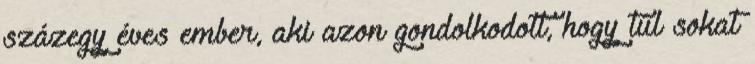
százegy éves ember, aki azon gondolkodott, hogy túl sokat